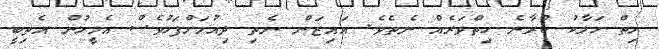
ހިތް ހަލާކު ކުރާނެ ހިތްވަރެއް ނެތެވެ. އައިޒަން ނެތި ދިއުމަށްފަހުވެސް އެމީހުން އެތިބީ